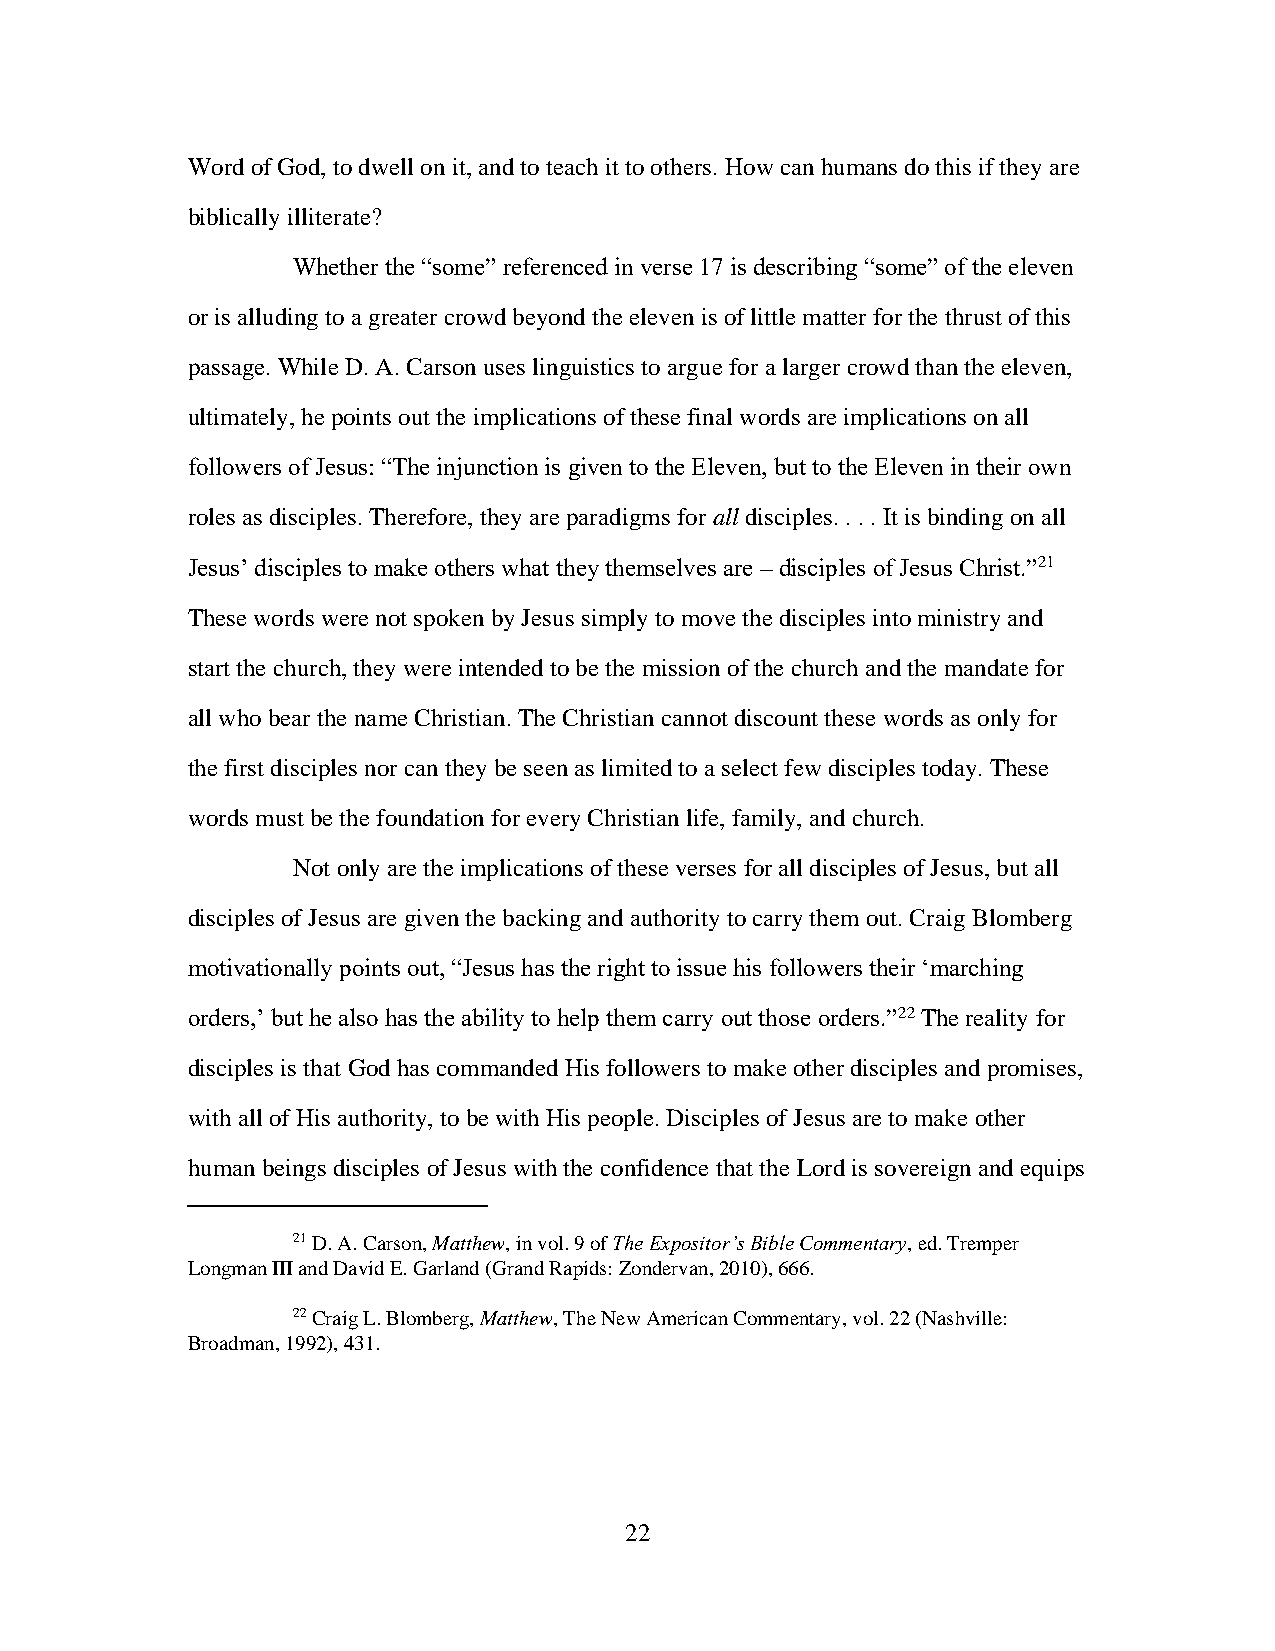
Word of God, to dwell on it, and to teach it to others. How can humans do this if they are
 biblically illiterate?
 Whether the “some” referenced in verse 17 is describing “some” of the eleven
 or is alluding to a greater crowd beyond the eleven is of little matter for the thrust of this
 passage. While D. A. Carson uses linguistics to argue for a larger crowd than the eleven,
 ultimately, he points out the implications of these final words are implications on all
 followers of Jesus: “The injunction is given to the Eleven, but to the Eleven in their own
 roles as disciples. Therefore, they are paradigms for all disciples. . . . It is binding on all
 Jesus’ disciples to make others what they themselves are – disciples of Jesus Christ.”21
 These words were not spoken by Jesus simply to move the disciples into ministry and
 start the church, they were intended to be the mission of the church and the mandate for
 all who bear the name Christian. The Christian cannot discount these words as only for
 the first disciples nor can they be seen as limited to a select few disciples today. These
 words must be the foundation for every Christian life, family, and church.
 Not only are the implications of these verses for all disciples of Jesus, but all
 disciples of Jesus are given the backing and authority to carry them out. Craig Blomberg
 motivationally points out, “Jesus has the right to issue his followers their ‘marching
 orders,’ but he also has the ability to help them carry out those orders.”22 The reality for
 disciples is that God has commanded His followers to make other disciples and promises,
 with all of His authority, to be with His people. Disciples of Jesus are to make other
 human beings disciples of Jesus with the confidence that the Lord is sovereign and equips
 21 D. A. Carson, Matthew, in vol. 9 of The Expositor’s Bible Commentary, ed. Tremper
 Longman III and David E. Garland (Grand Rapids: Zondervan, 2010), 666.
 22 Craig L. Blomberg, Matthew, The New American Commentary, vol. 22 (Nashville:
 Broadman, 1992), 431.
 22